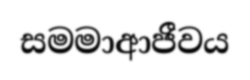
සමමාආජීවය